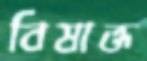
বিষাক্ত